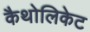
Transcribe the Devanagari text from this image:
कैथोलिकेट